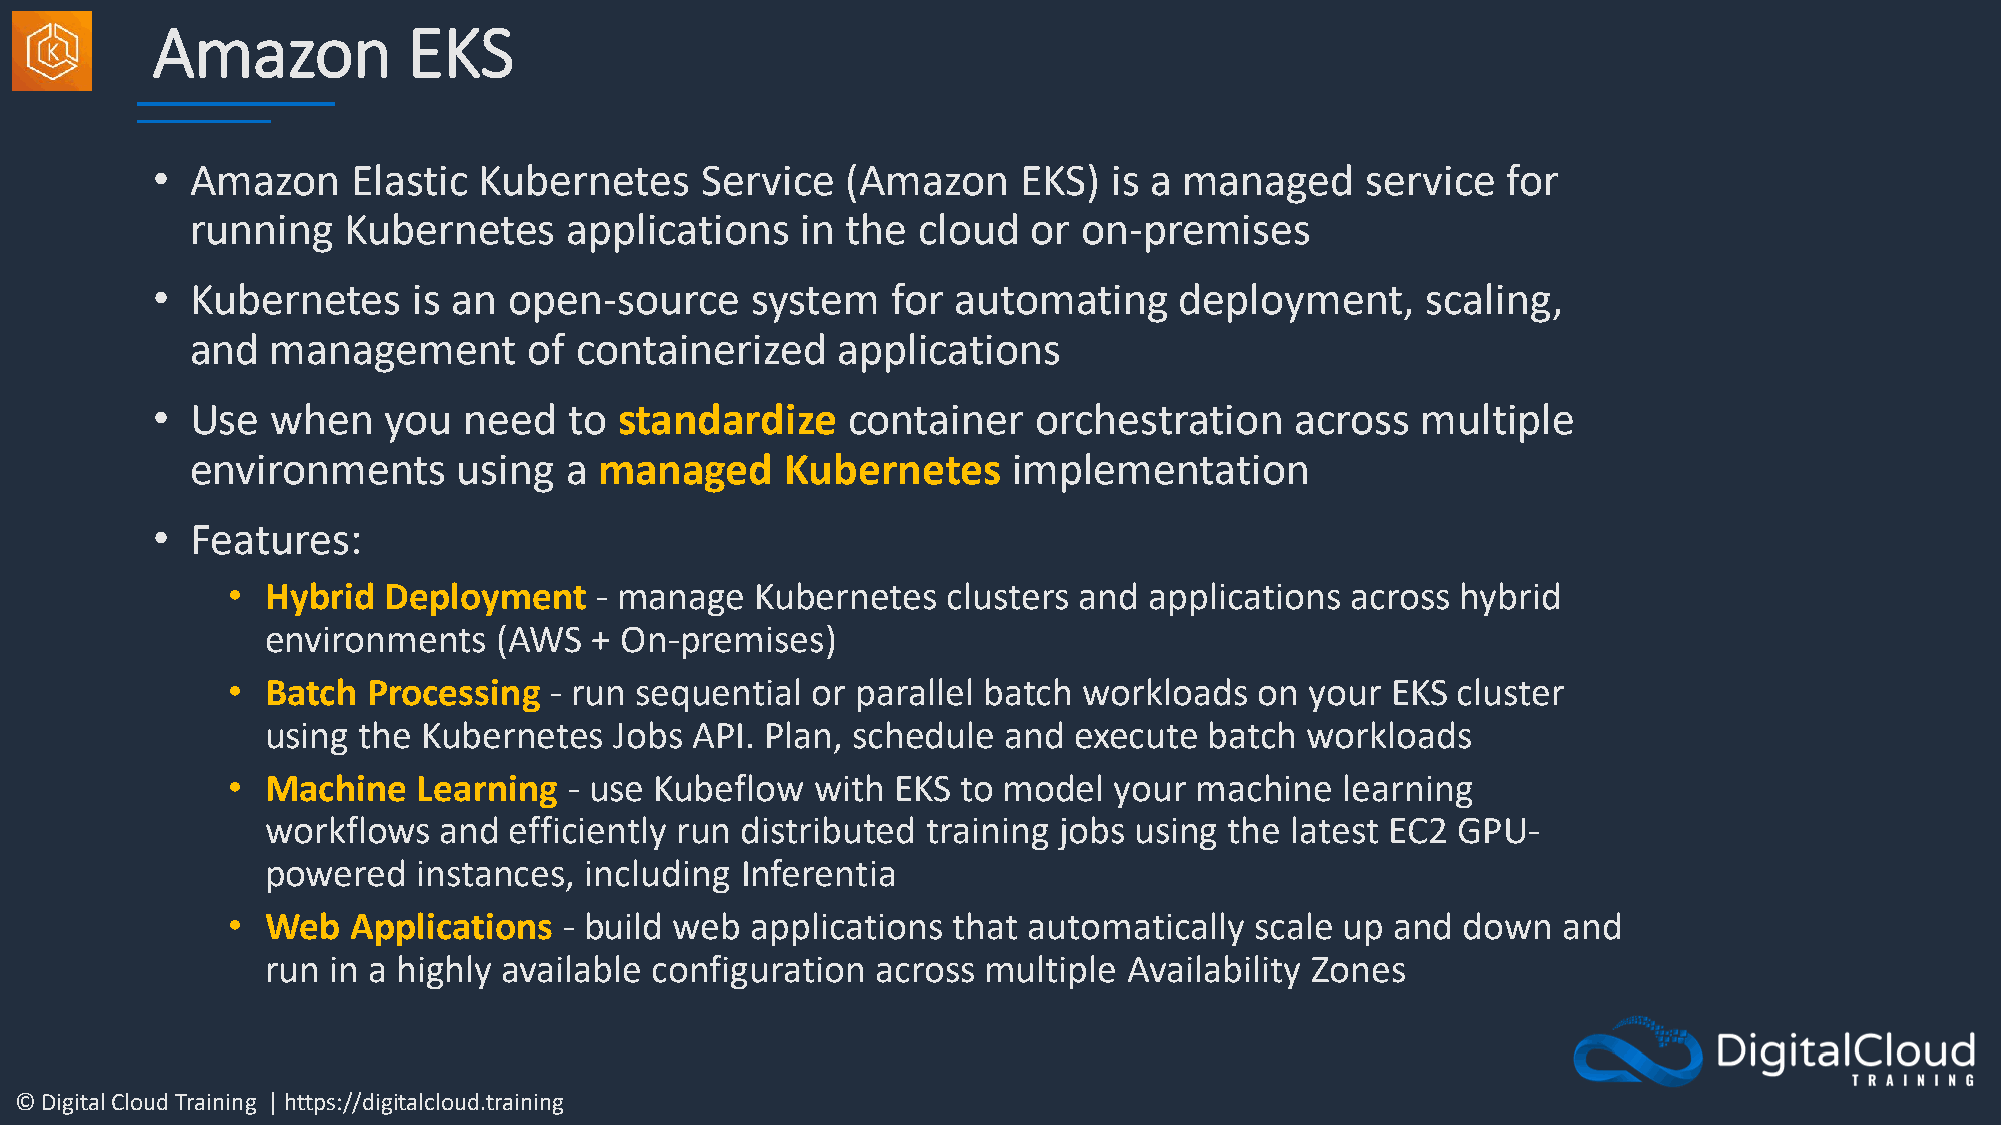
Amazon           EKS
 •  Amazon    Elastic  Kubernetes    Service   (Amazon     EKS)  is a managed    service   for
 running   Kubernetes     applications   in the  cloud  or  on-premises
 •  Kubernetes    is an  open-source     system   for automating     deployment,     scaling,
 and  management       of containerized    applications
 •  Use  when   you   need   to standardize    container   orchestration     across  multiple
 environments     using  a  managed     Kubernetes     implementation
 •  Features:
 •  Hybrid Deployment    - manage   Kubernetes   clusters and applications across  hybrid
 environments   (AWS  + On-premises)
 •  Batch Processing  - run sequential  or parallel batch workloads  on  your EKS cluster
 using the Kubernetes   Jobs API. Plan, schedule  and execute  batch workloads
 •  Machine   Learning  - use Kubeflow  with EKS  to model  your machine   learning
 workflows  and  efficiently run distributed training jobs using the latest EC2 GPU-
 powered   instances, including Inferentia
 •  Web  Applications  - build web  applications that automatically  scale up and  down  and
 run in a highly available configuration across multiple  Availability Zones
 © Digital Cloud Training | https://digitalcloud.training